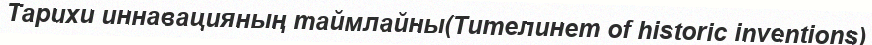
Тарихи иннавацияның таймлайны(Тителинет of historic inventions)